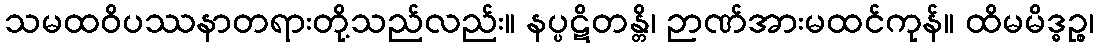
သမထဝိပဿနာတရားတို့သည်လည်း။ နပ္ပဋိတန္တိ၊ ဉာဏ်အားမထင်ကုန်။ ထိမမိဒ္ဓဉ္စ၊